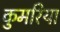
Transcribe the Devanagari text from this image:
कुमरिया